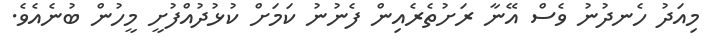
މިއަދު ހެނދުނު ވެސް އޭނާ ރަށުތެރެއިން ފެނުނު ކަމަށް ކުޅުދުއްފުށީ މީހުން ބުނެއެވެ.